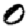
Digit: 0